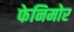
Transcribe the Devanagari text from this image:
फेनिमोर